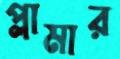
প্লামার